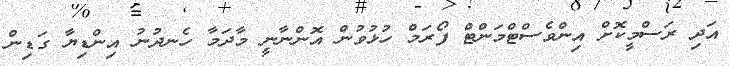
އަދި ރަސްމީކޮށް އިންވެސްޓްމަންޓް ފޯރަމް ހުޅުވުން އޮންނާނީ މާދަމާ ހެނދުނު އިންޑިޔާ ގަޑިން